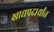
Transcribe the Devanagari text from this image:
खाद्यपदार्थांत